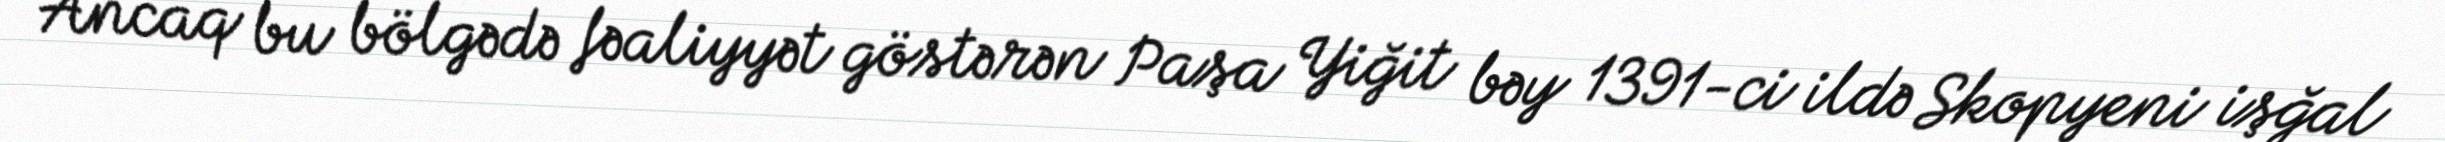
Ancaq bu bölgədə fəaliyyət göstərən Paşa Yiğit bəy 1391-ci ildə Skopyeni işğal